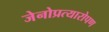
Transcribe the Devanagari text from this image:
जेनोप्रत्यारोपण